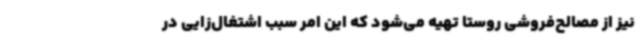
نیز از مصالح‌فروشی روستا تهیه می‌شود که این امر سبب اشتغال‌زایی در